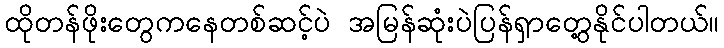
ထိုတန်ဖိုးတွေကနေတစ်ဆင့်ပဲ အမြန်ဆုံးပဲပြန်ရှာတွေ့နိုင်ပါတယ်။